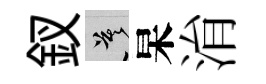
釵莫杲㳙